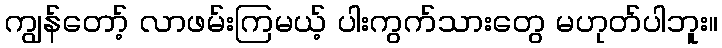
ကျွန်တော့် လာဖမ်းကြမယ့် ပါးကွက်သားတွေ မဟုတ်ပါဘူး။